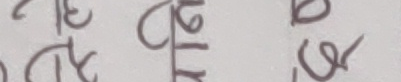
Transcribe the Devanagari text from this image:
तपाईंसंग